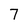
Character: 7